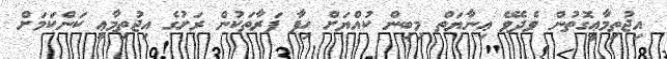
އިޖުތިމާޢީގޮތުން ވެދެވޭ ޢިނާޔަތް މިބިން ކުއްޔަށް ހިފާ ފަރާތަކުން ރަށުގެ އިޖުތިމާޢީ ކަންކަމަށް